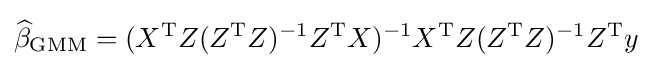
{\widehat {\beta }}_{\mathrm {GMM} }=(X^{\mathrm {T} }Z(Z^{\mathrm {T} }Z)^{-1}Z^{\mathrm {T} }X)^{-1}X^{\mathrm {T} }Z(Z^{\mathrm {T} }Z)^{-1}Z^{\mathrm {T} }y